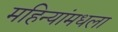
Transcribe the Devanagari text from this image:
महिन्यांमधला